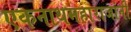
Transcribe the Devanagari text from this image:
एकनाथमहाराजांनी